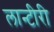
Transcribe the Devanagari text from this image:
लान्टीरी